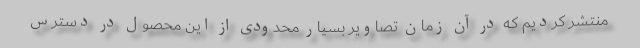
منتشر کردیم که در آن زمان تصاویر بسیار محدودی از این محصول در دسترس